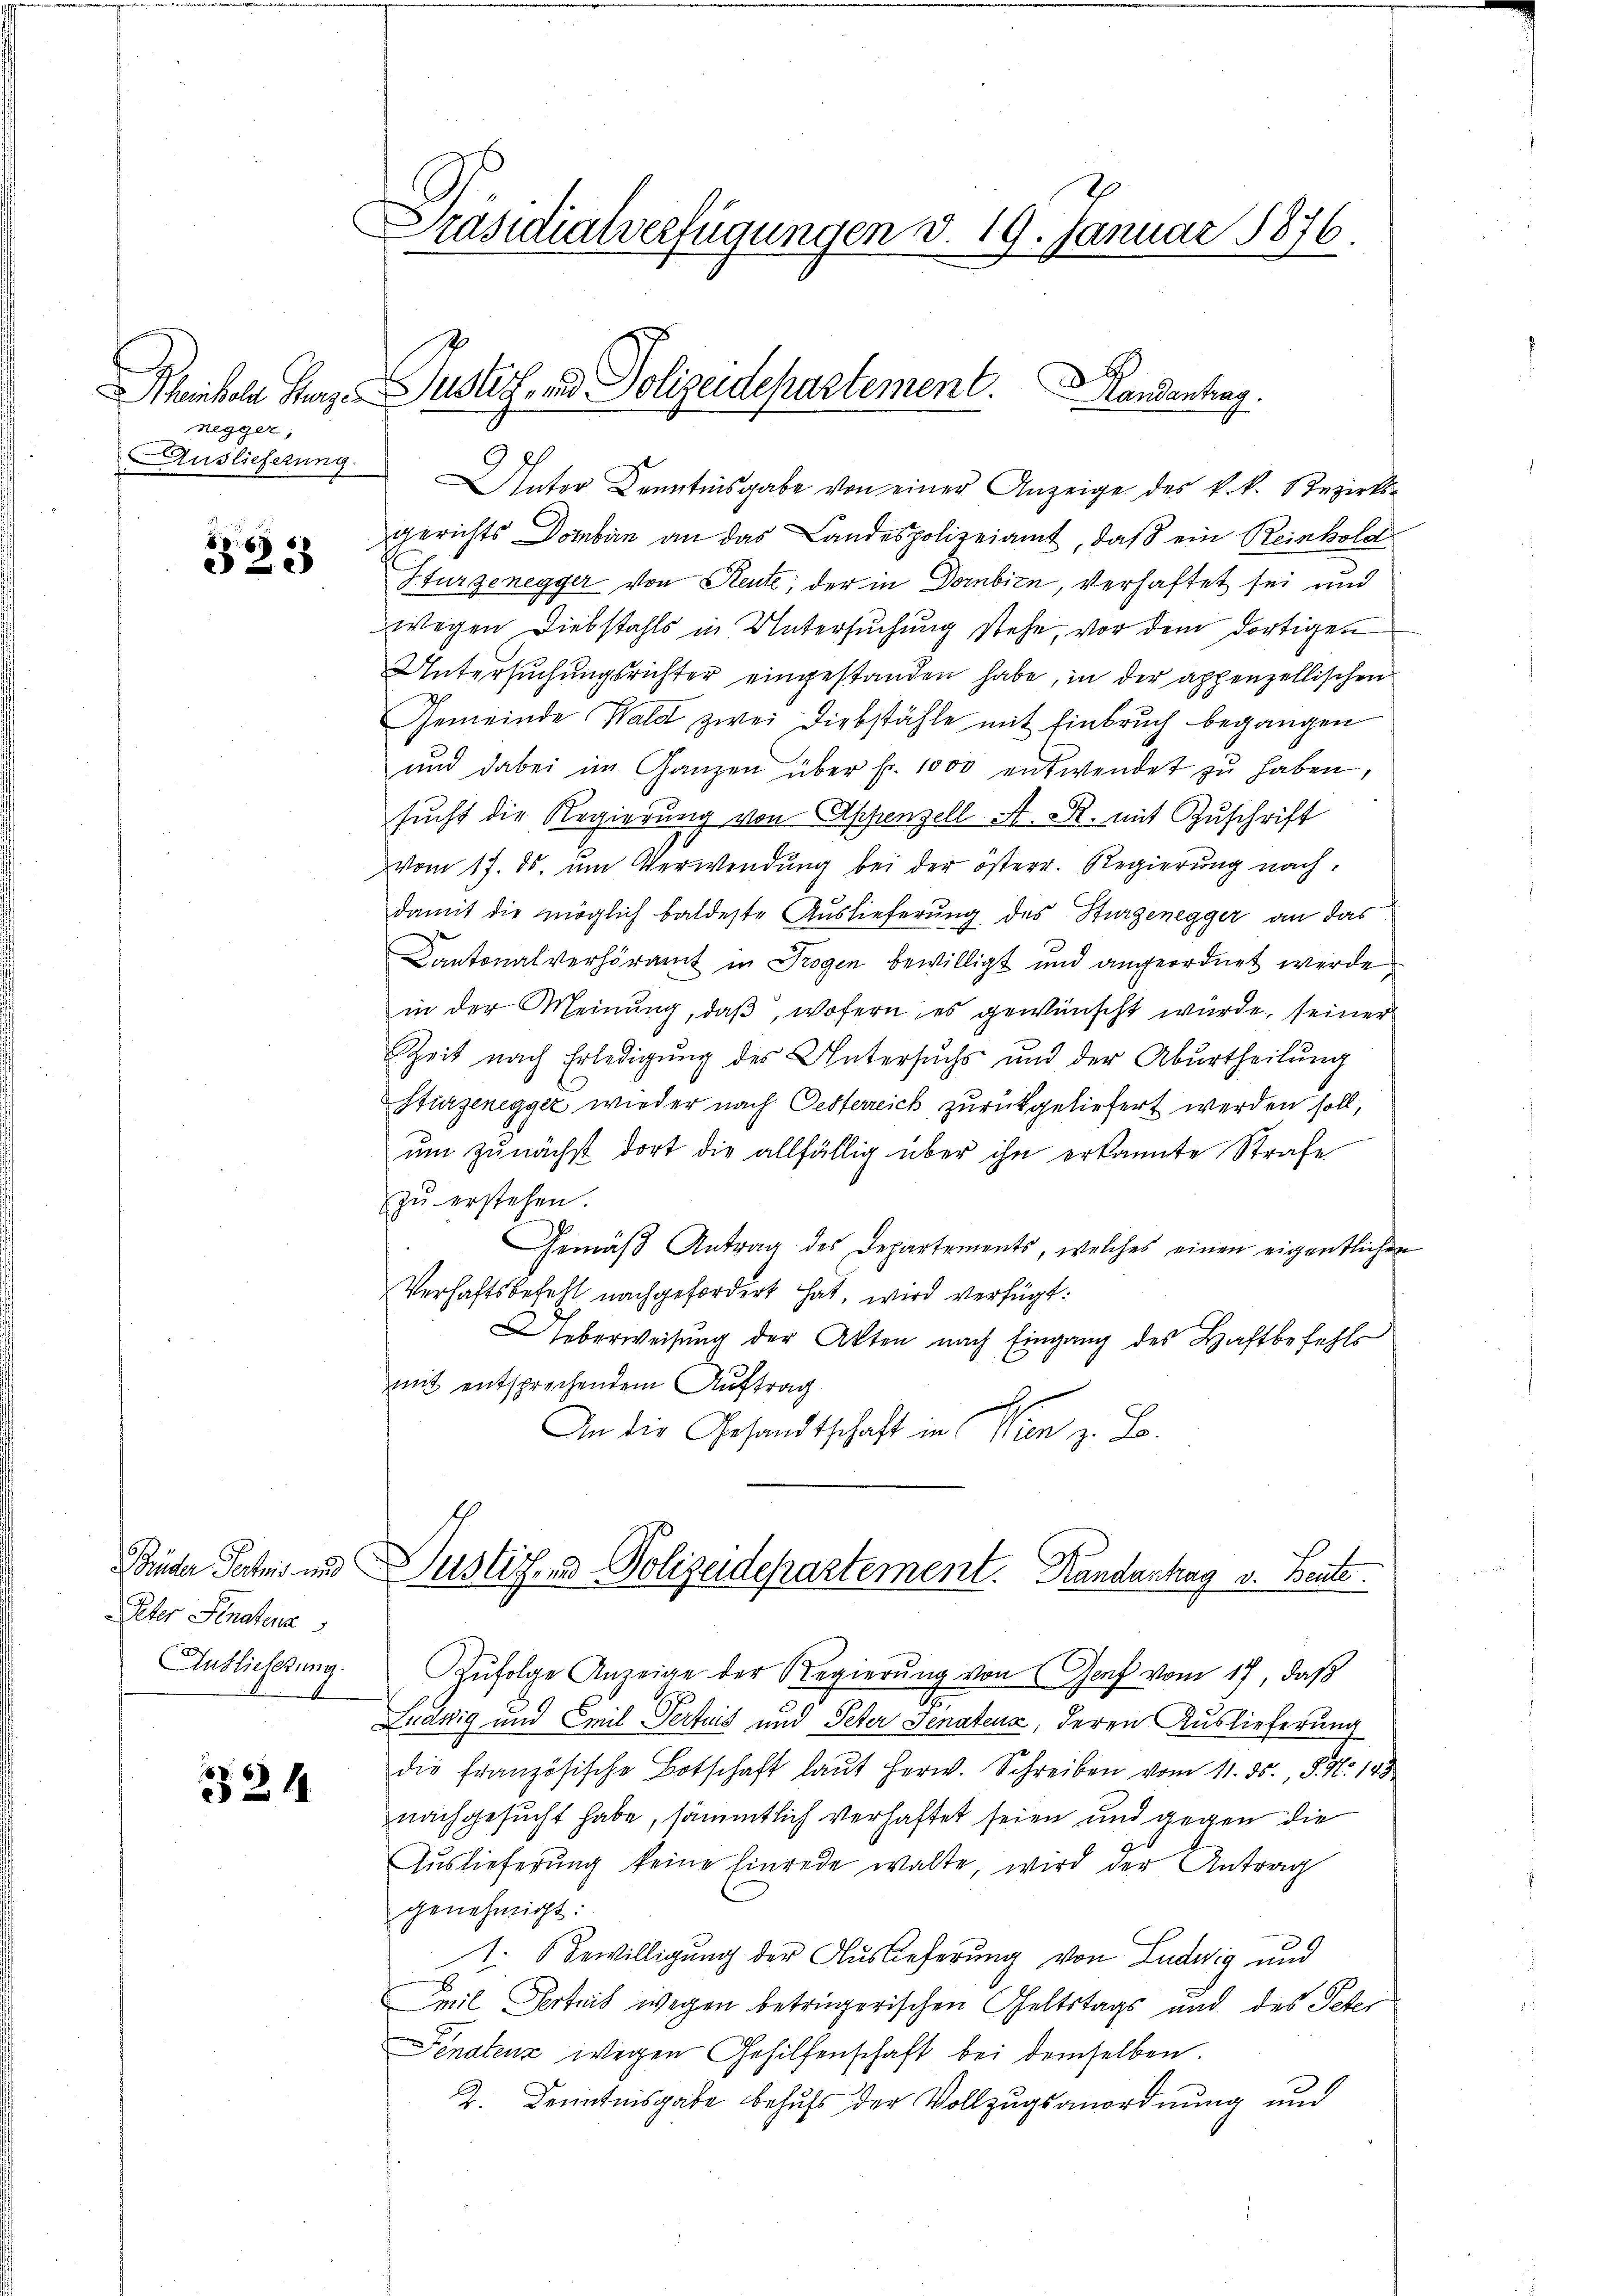
Mechaler Herz
negger,
Auslieferung.

22

Peter Senatena
Auslieferung.

324

Präsidialverfügungen d. 19. Januar 1876.

Unter Kenntnisgabe von einer Anzeige des k.k. Bezirks-
gerichts Domban an das Landespolizeiamt, daß ein Reinhold
Sturzenegger von Reute, der in Dornbicn, verhaftet sei und
wegen Diebstahls in Untersuchung stehe, vor dem dortigen
Untersŭchŭngsrichter eingestanden habe, in der appenzellischen
Gemeinde Wald zwei Diebstähle mit Einbruch begangen
ŭnd dabei im Ganzen über fr. 1000 entwendet zŭ haben,
sucht die Regierung von Appenzell A. R. mit Zuschrift
vom 17. ds. um Verwendung bei der österr. Regierung nach,
damit die möglich baldeste Auslieferung des Hurgenegger an das
Cantonalverhöramt in Trogen bewilligt und angeordnet werde,
in der Meinung, daß, wofern es gewünscht würde, seiner
hheit nach Erledigung des Untersuchs und der Aburtheilung
Stürzenegger wieder nach Oesterreich zurückgeliefert werden soll,
ŭm zŭnächst dort die allfällig über ihn erkannte Strafe
zŭ erstehen.
Gemäß Antrag des Departements, welches einen eigentlichen
Verhaftsbefehl nachgefordert hat, wird verfügt:
Ueberweisung der Akten nach Eingang des Haftbefehls
mit entsprechendem Auftrag
An die Gesandtschaft in Wien zu Lo¬
Büder Patris und Justiz- und Polizeidepartement. Randantag v. Beute.
Zŭfolge Anzeige der Regierŭng von Genf vom 17, daß
Ludwig und Emil Verteis und Peter Senatens, deren Auslieferung
die französische Botschaft laŭt herw. Schreiben vom 11. ds., S. Nr. 183
nachgesucht habe, sämmtlich verhaftet seien und gegen die
Auslieferung keine Einrede walte, wird der Antrag
genehmigt:
1. Bewilligung der Auslieferung von Ludwig und
Emil Sorteil wegen betrügerischen Geltstags und des Peter
Senatenz wegen Gehilfenschaft bei demselben.
2. Kenntnisgabe behufs der Vollzugsanordnung und

b
Justiz- und Polizeidepartement. Randantrag